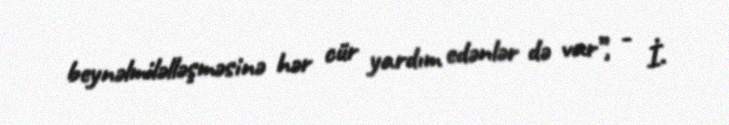
beynəlmiləlləşməsinə hər cür yardım edənlər də var”, - İ.